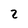
Character: 2